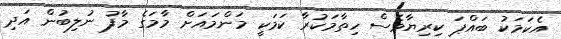
އެކަމަކު ބައްޕަ ކިރިޔާވެސް ހިތާމަކުރާ ކަމަކީ މަންމައަށް މާމަގެ މާފު ނުލިބުން އަދި